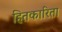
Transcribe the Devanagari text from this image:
हितकारिता